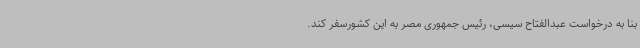
بنا به درخواست عبدالفتاح سیسی، رئیس جمهوری مصر به این کشورسفر کند.